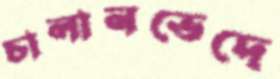
চালানভেদে